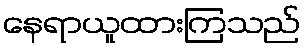
နေရာယူထားကြသည်